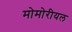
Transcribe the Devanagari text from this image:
मोमोरीयल